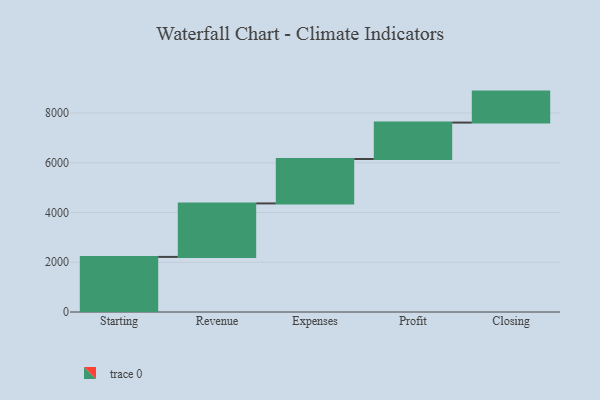
{"axis": {"x": "Step", "y": "Value"}, "legend": [""], "data": [{"x": "Starting", "y": 2215.0, "type": ""}, {"x": "Revenue", "y": 2150.0, "type": ""}, {"x": "Expenses", "y": 1785.0, "type": ""}, {"x": "Profit", "y": 1465.0, "type": ""}, {"x": "Closing", "y": 1245.0, "type": ""}]}